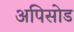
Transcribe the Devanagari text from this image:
अपिसोड